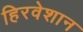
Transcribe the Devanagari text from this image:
हिरवेशान